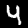
Label: 4